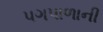
પગપાળાની